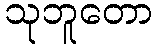
သုဘူတော